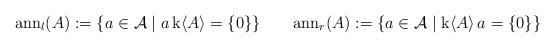
LaTeX: \begin{align*}\mathrm{ann}_{l}(A):=\{a\in\mathcal{A}\mid a\,\mathrm{k}\langle A\rangle=\{0\}\}\quad \quad\mathrm{ann}_{r}(A):=\{a\in\mathcal{A}\mid\mathrm{k}\langle A\rangle\,a=\{0\}\}\end{align*}